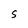
Character: S